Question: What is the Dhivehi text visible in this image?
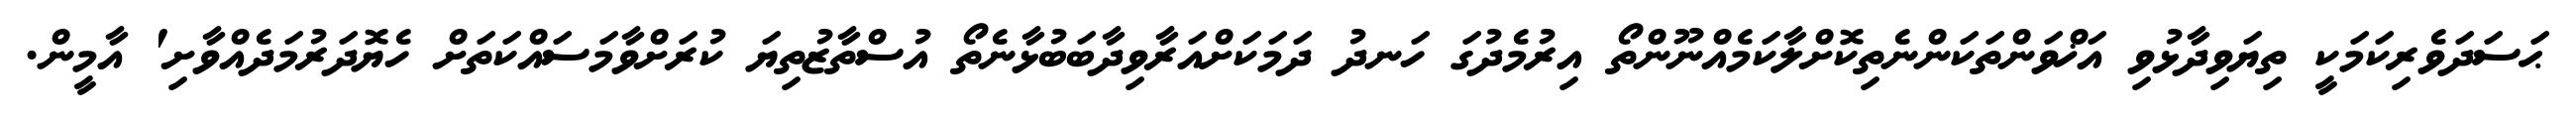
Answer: ޙަސަދަވެރިކަމަކީ ތިޔަވިދާޅުވި އަޚްވަންތަކަންނެތިކޮށްލާކަމެއްނޫންތޯ އިރުމެދުގަ ހަނދު ދަމަކަށްއަރާވިދާބަބުޅާނެތޯ އުސްތާޒުތިޔަ ކުރަށްވާމަސައްކަތަށް ހެޔޮދަރުމަދެއްވާށި' އާމީން.